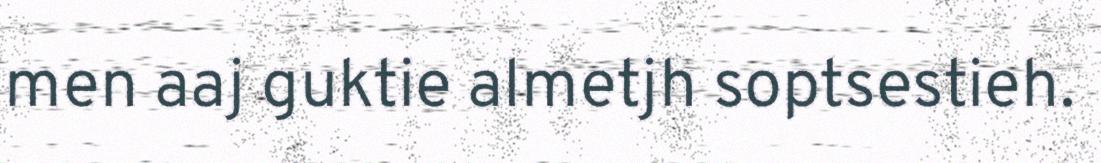
men aaj guktie almetjh soptsestieh.